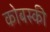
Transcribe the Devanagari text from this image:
कोबस्की